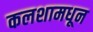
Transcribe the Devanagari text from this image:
कलशामधून